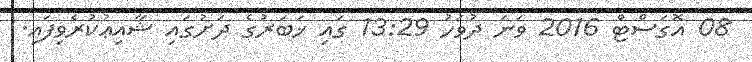
08 އޮގަސްޓް 2016 ވަނަ ދުވަހު 13:29 ގައި ޚަބަރުގެ ދަށުގައި ޝާއިޢުކުރެވިފައި.